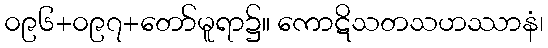
၀၉၆+၀၉၇+တော်မူရာ၌။ ကောဋိသတသဟဿာနံ၊